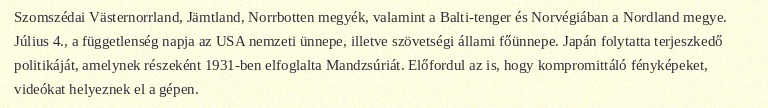
Szomszédai Västernorrland, Jämtland, Norrbotten megyék, valamint a Balti-tenger és Norvégiában a Nordland megye. Július 4., a függetlenség napja az USA nemzeti ünnepe, illetve szövetségi állami főünnepe. Japán folytatta terjeszkedő politikáját, amelynek részeként 1931-ben elfoglalta Mandzsúriát. Előfordul az is, hogy kompromittáló fényképeket, videókat helyeznek el a gépen.